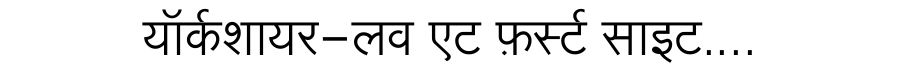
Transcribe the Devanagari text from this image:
यॉर्कशायर-लव एट फ़र्स्ट साइट....